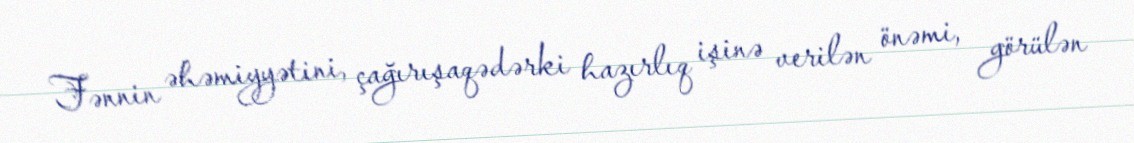
Fənnin əhəmiyyətini, çağırışaqədərki hazırlıq işinə verilən önəmi, görülən